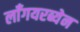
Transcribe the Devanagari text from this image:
लाँगयरब्येन